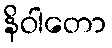
နိဝါတော